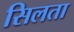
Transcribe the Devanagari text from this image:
सिलता